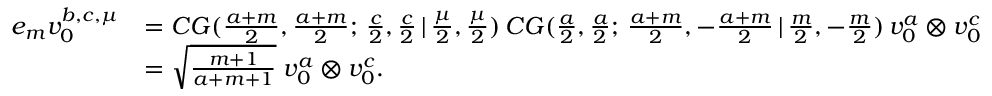
\begin{array} { r l } { e _ { m } v _ { 0 } ^ { b , c , \mu } } & { = C G ( \frac { a + m } { 2 } , \frac { a + m } { 2 } ; \, \frac { c } { 2 } , \frac { c } { 2 } \, | \, \frac { \mu } { 2 } , \frac { \mu } { 2 } ) \, C G ( \frac { a } { 2 } , \frac { a } { 2 } ; \, \frac { a + m } { 2 } , - \frac { a + m } { 2 } \, | \, \frac { m } { 2 } , - \frac { m } { 2 } ) \, v _ { 0 } ^ { a } \otimes v _ { 0 } ^ { c } } \\ & { = \sqrt { \frac { m + 1 } { a + m + 1 } } \; v _ { 0 } ^ { a } \otimes v _ { 0 } ^ { c } . } \end{array}